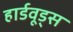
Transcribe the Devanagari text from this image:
हार्डवूड्स